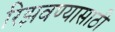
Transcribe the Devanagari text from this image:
रिझवण्यासाठी